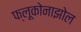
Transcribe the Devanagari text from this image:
फ्लूकोनाझोल